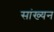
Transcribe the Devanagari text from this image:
सांख्यन